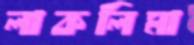
লাকলিমা